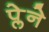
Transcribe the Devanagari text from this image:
प्लेने